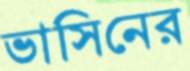
ভাসিনের